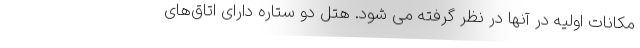
مکانات اولیه در آنها در نظر گرفته می شود. هتل دو ستاره دارای اتاق‌های